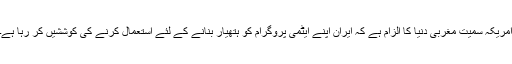
امریکہ سمیت مغربی دنیا کا الزام ہے کہ ایران اپنے ایٹمی پروگرام کو ہتھیار بنانے کے لئے استعمال کرنے کی کوششیں کر رہا ہے۔